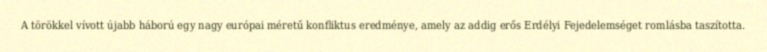
A törökkel vívott újabb háború egy nagy európai méretű konfliktus eredménye, amely az addig erős Erdélyi Fejedelemséget romlásba taszította.